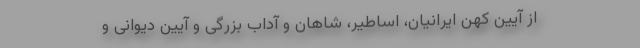
از آيين كهن ايرانيان، اساطیر، شاهان و آداب بزرگی و آیین دیوانی و